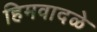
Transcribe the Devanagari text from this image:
हिमवादळे